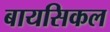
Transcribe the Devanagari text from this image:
बायसिकल